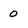
Character: 0